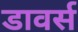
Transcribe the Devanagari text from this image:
डावर्स